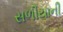
સળીયાની